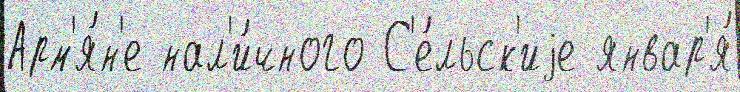
Арм'я́н'е нал'и́чного С'е́льск'иjе январ'я́